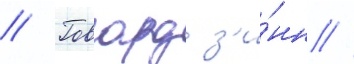
// Говард з'и́нн //